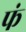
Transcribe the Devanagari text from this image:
फं